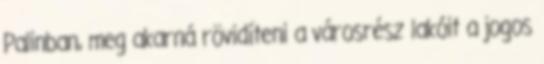
Palinban, meg akarná rövidíteni a városrész lakóit a jogos